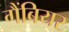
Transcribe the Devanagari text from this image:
गैंबियर